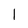
Character: 1